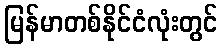
မြန်မာတစ်နိုင်ငံလုံးတွင်